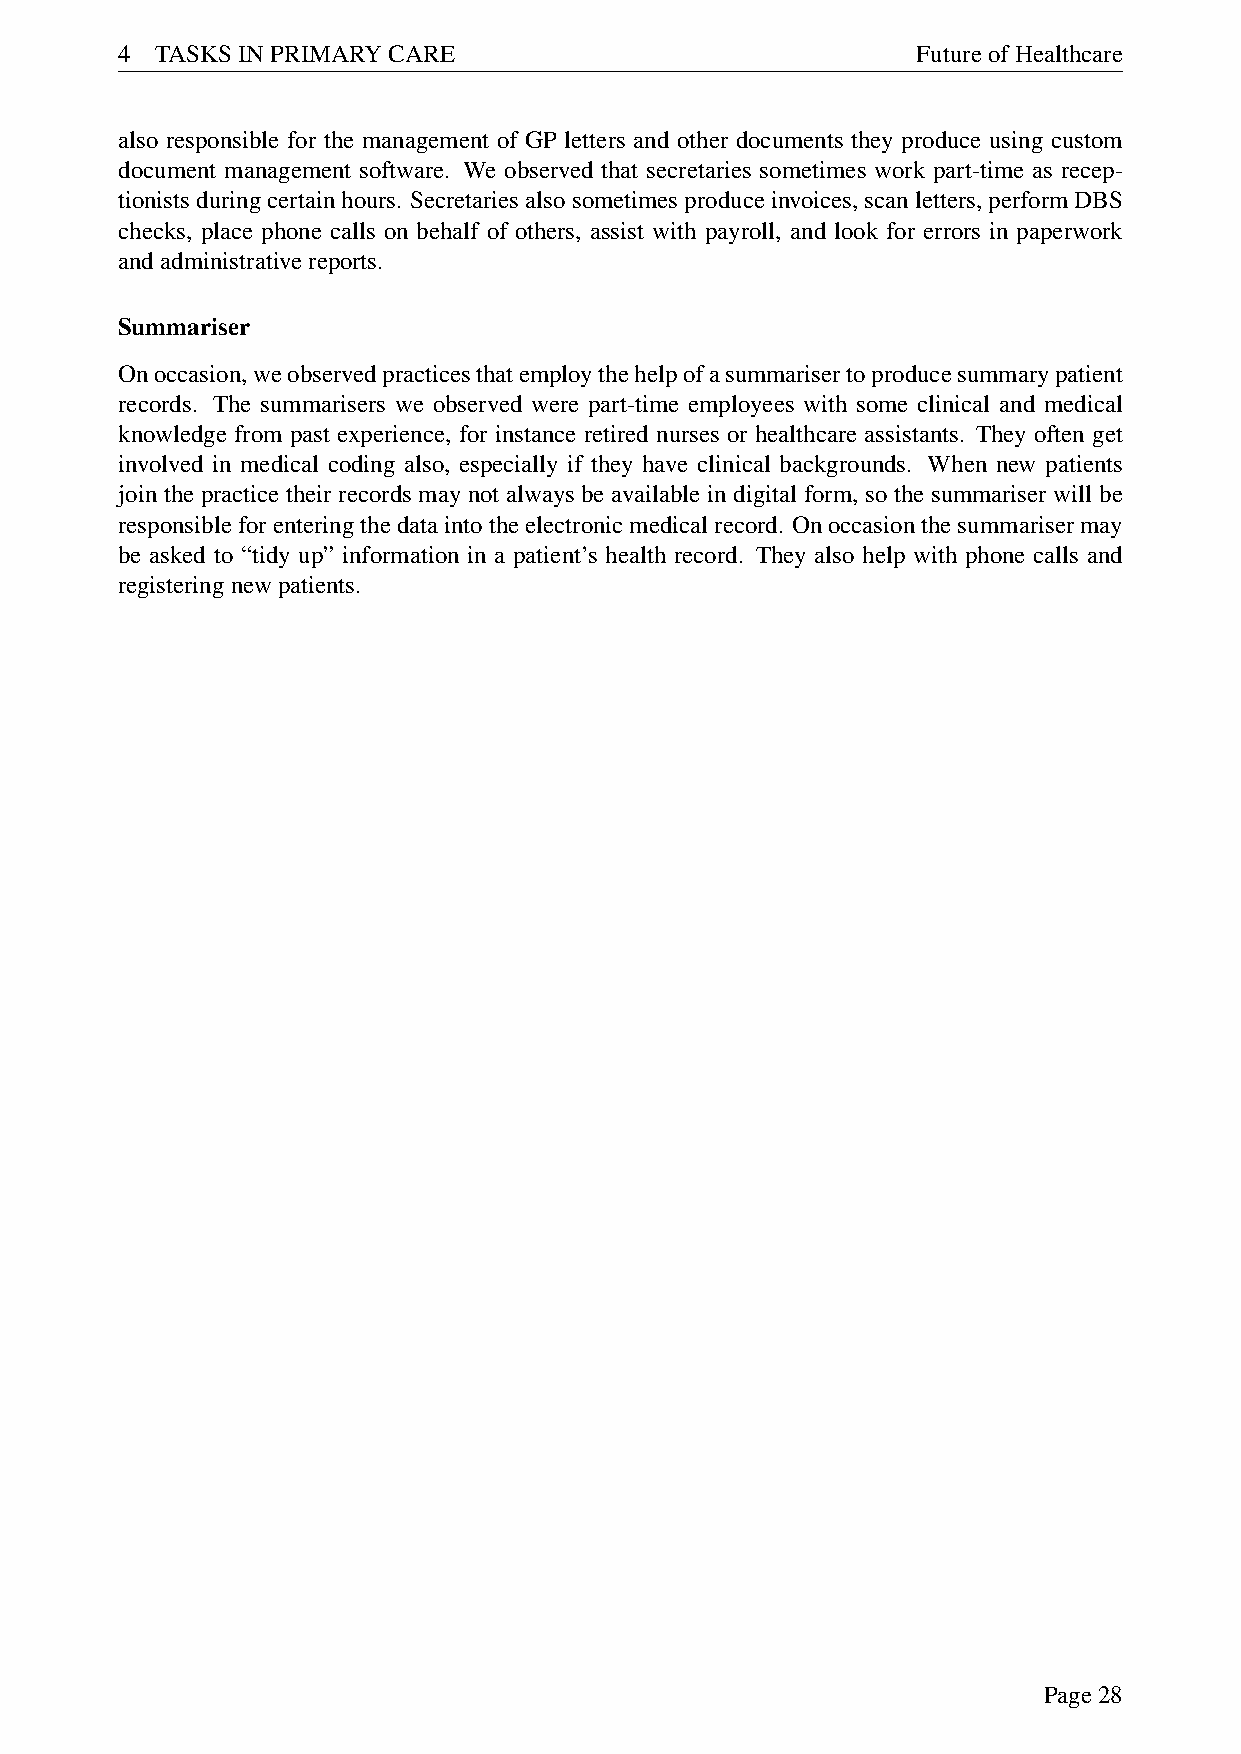
4 TASKSINPRIMARYCARE                                 FutureofHealthcare
 also responsible for the management of GP letters and other documents they produce using custom
 document management software. We observed that secretaries sometimes work part-time as recep-
 tionistsduringcertainhours. Secretariesalsosometimesproduceinvoices,scanletters,performDBS
 checks, place phone calls on behalf of others, assist with payroll, and look for errors in paperwork
 andadministrativereports.
 Summariser
 Onoccasion,weobservedpracticesthatemploythehelpofasummarisertoproducesummarypatient
 records. The summarisers we observed were part-time employees with some clinical and medical
 knowledge from past experience, for instance retired nurses or healthcare assistants. They often get
 involved in medical coding also, especially if they have clinical backgrounds. When new patients
 join the practice their records may not always be available in digital form, so the summariser will be
 responsibleforenteringthedataintotheelectronicmedicalrecord. Onoccasionthesummarisermay
 be asked to “tidy up” information in a patient’s health record. They also help with phone calls and
 registeringnewpatients.
 Page28